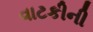
વાટકીની